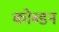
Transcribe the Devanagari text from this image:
कोब्डन